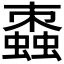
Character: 𧑖